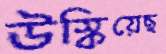
উস্‌কিয়েছ